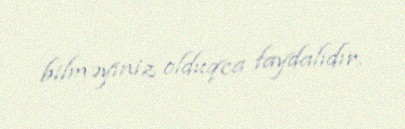
bilməyiniz olduqca faydalıdır.